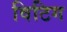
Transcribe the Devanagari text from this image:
विटिग